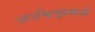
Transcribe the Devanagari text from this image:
आउश्वित्झमध्ये